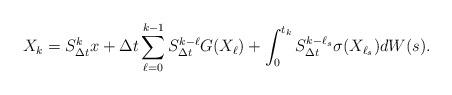
LaTeX: \begin{align*}X_k=S_{\Delta t}^kx+\Delta t\sum_{\ell=0}^{k-1}S_{\Delta t}^{k-\ell}G(X_\ell)+\int_{0}^{t_k}S_{\Delta t}^{k-\ell_s}\sigma(X_{\ell_s})dW(s).\end{align*}